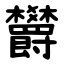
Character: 欝